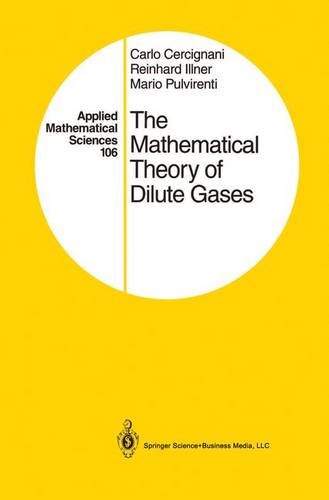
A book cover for The Mathematical Theory of Dilute Gases (Applied Mathematical Sciences); Carlo Cercignani; Science & Math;